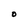
Character: O